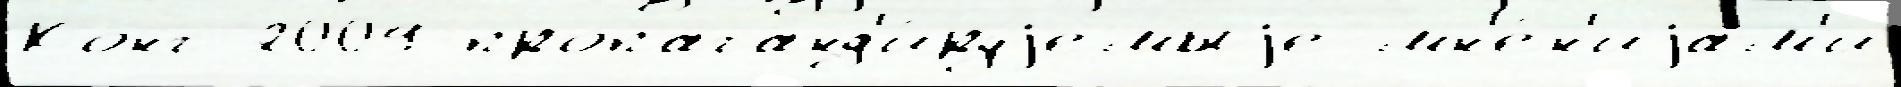
Конг 2009 пропаганд'и́руjемыjе мн'е́н'иjам'и